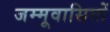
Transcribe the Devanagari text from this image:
जम्मूवासियों